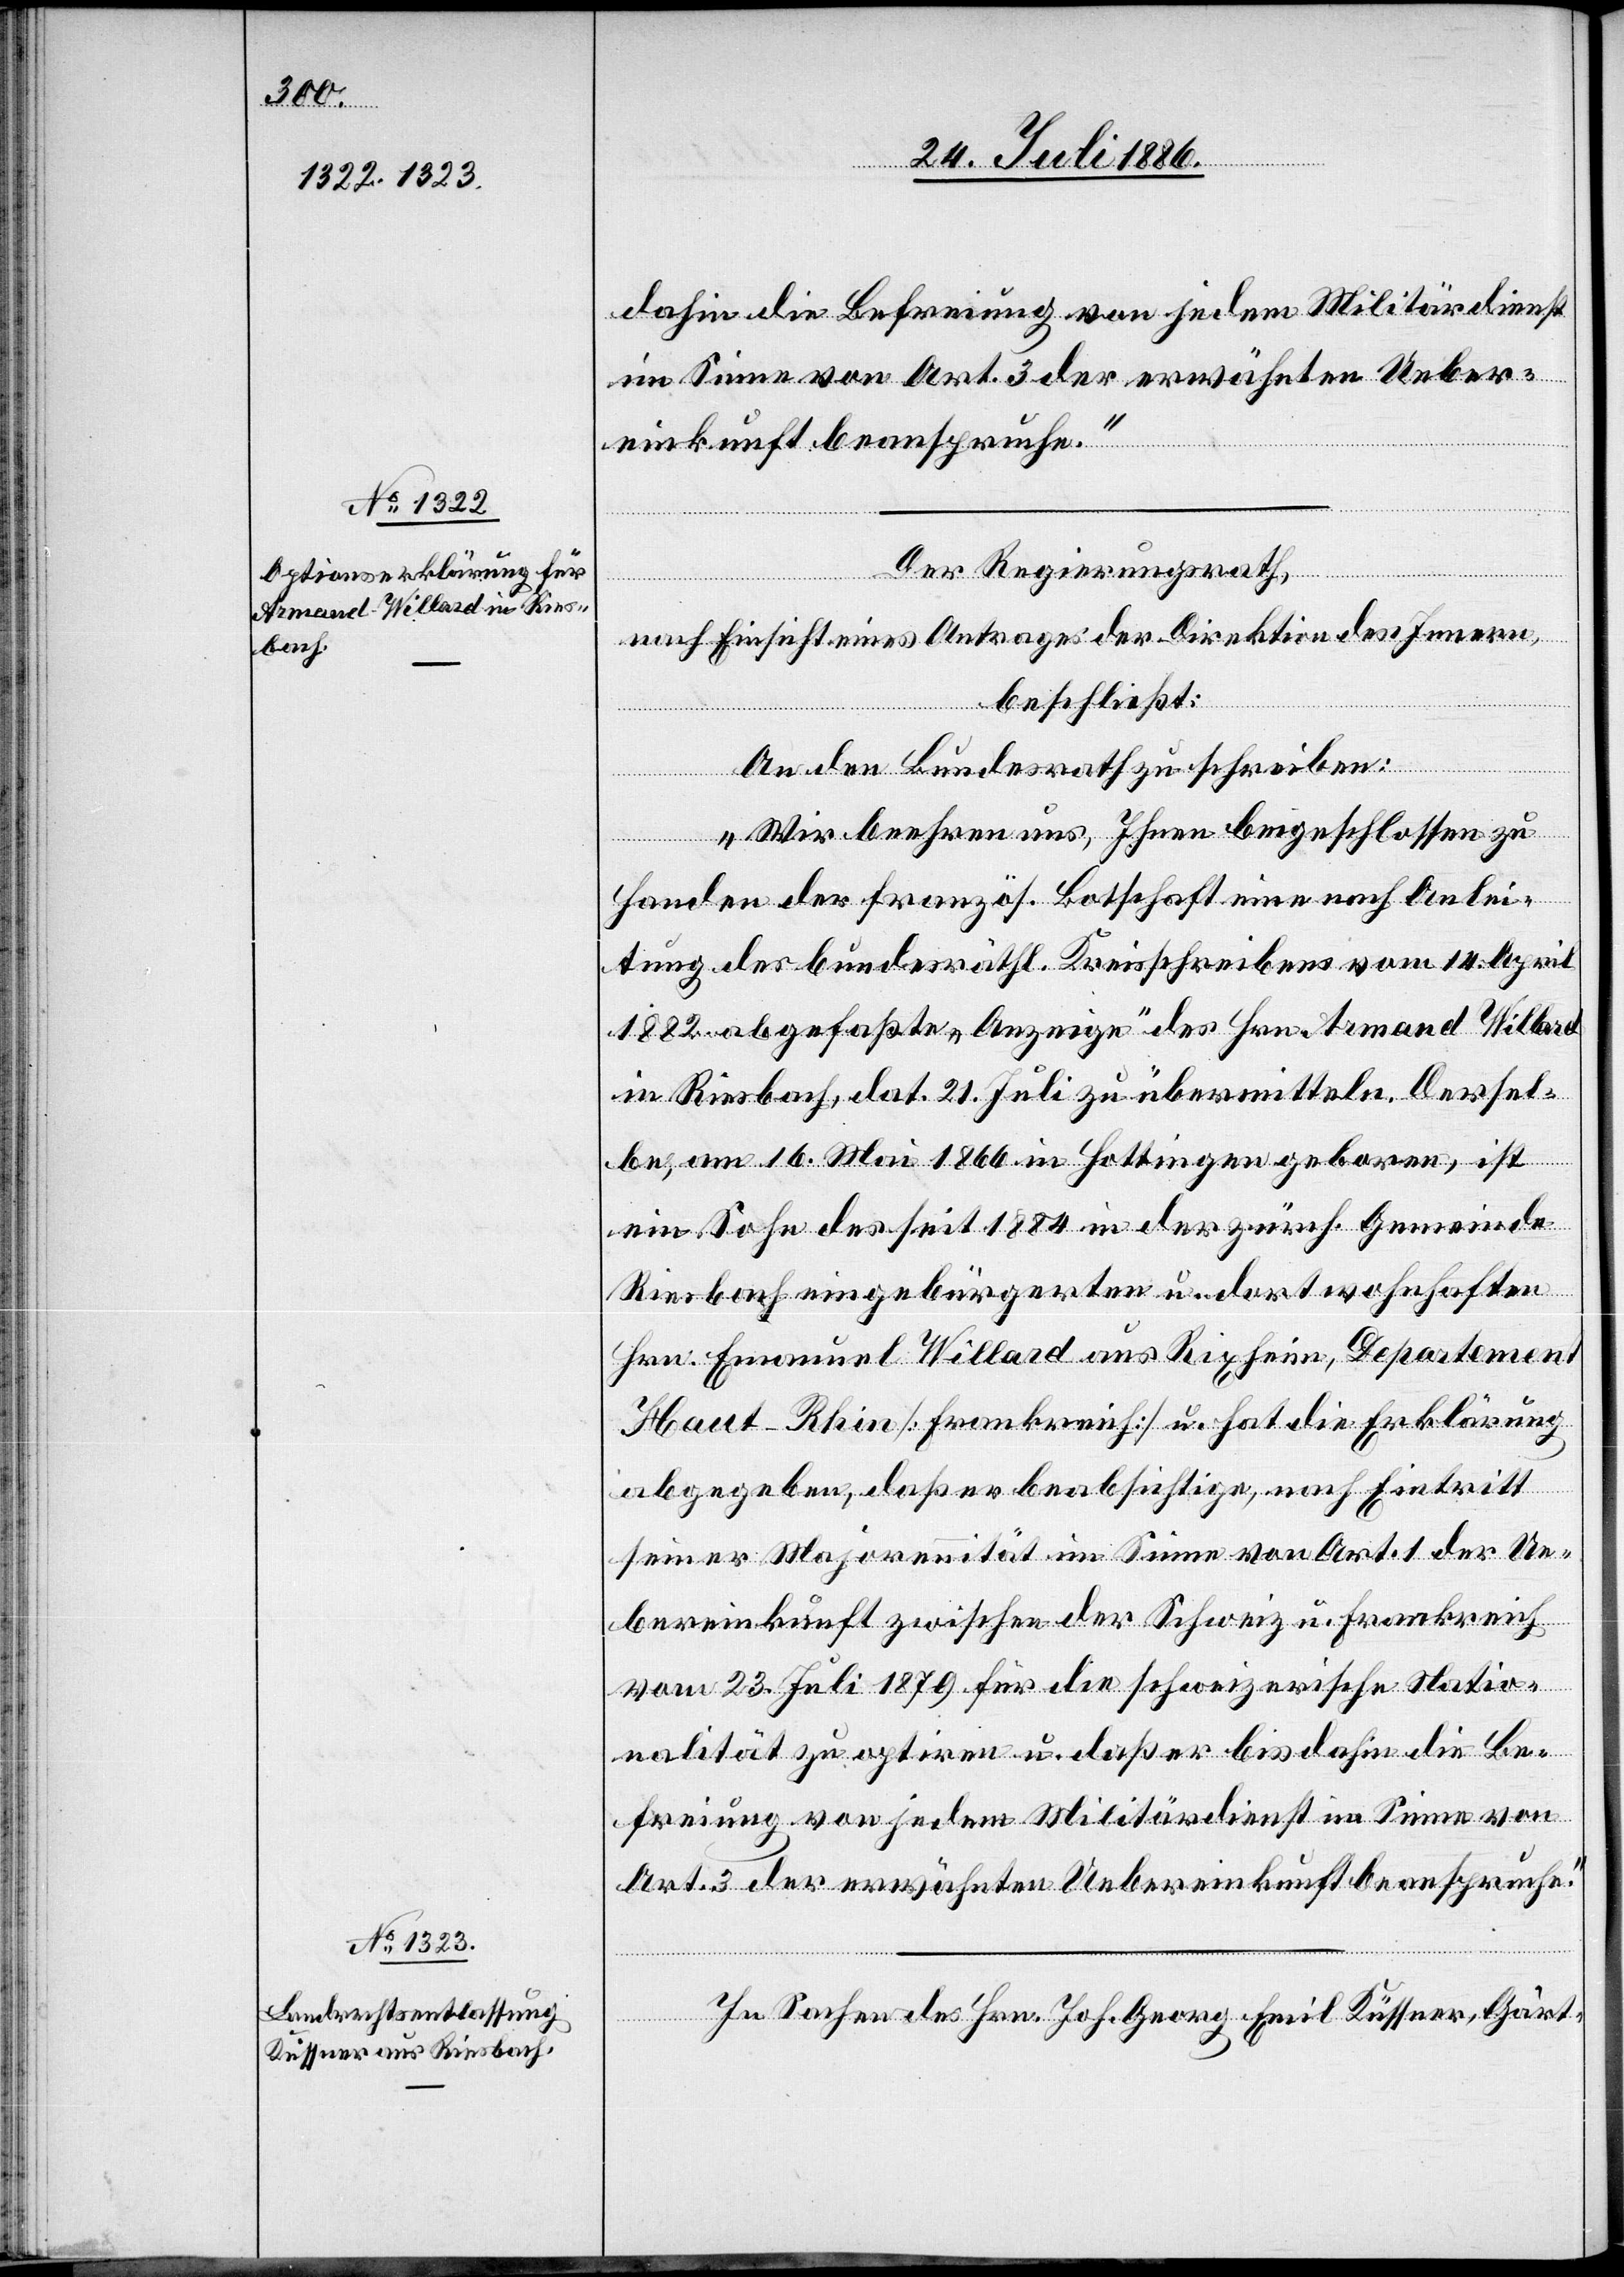
dahin die Befreiung von jedem Militärdienst
im Sinne von Art. 3 der erwähnten Ueber¬
einkunft beanspruche.“
der Regierungsrath,
nach Einsicht eines Antrages der Direktion des Innern,
beschließt:
An den Bundesrath zu schreiben:
„Wir beehren uns, Ihnen beigeschlossen zu
Handen der französ. Botschaft eine nach Anlei¬
tung des bundesräthl. Kreisschreibens vom 14. April
1882 abgefaßte „Anzeige“ des Hrn. Armand Willard
in Riesbach, dat. 21. Juli zu übermitteln. Dersel¬
be, am 16. Mai 1866 in Hottingen geboren, ist
ein Sohn des seit 1884 in der zürch. Gemeinde
Riesbach eingebürgerten u. dort wohnhaften
Hrn. Emanuel Willard aus Rixheim, Departement
Haut-Rhin [Frankreich] u. hat die Erklärung
abgegeben, daß er beabsichtige, nach Eintritt
seiner Majorennität im Sinne von Art. 1 der Ue¬
bereinkunft zwischen der Schweiz u. Frankreich
vom 23. Juli 1879 für die schweizerische Natio¬
nalität zu optiren u. daß er bis dahin die Be¬
freiung von jedem Militärdienst im Sinne von
Art. 3 der erwähnten Uebereinkunft beanspruche.“
In Sachen des Hrn. Joh. Georg Emil Küssner, Gärt-